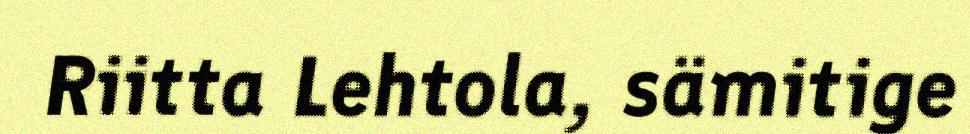
Riitta Lehtola, sämitige